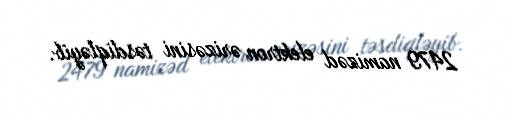
2479 namizəd elektron ərizəsini təsdiqləyib.